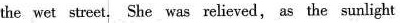
the wet street,She was relieved, as the sunlight